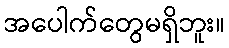
အပေါက်တွေမရှိဘူး။